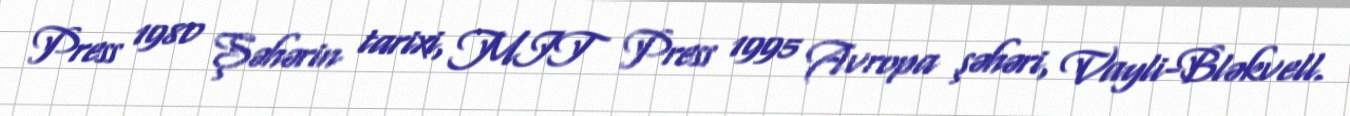
Press 1980 Şəhərin tarixi, MIT Press 1995 Avropa şəhəri, Vayli-Bləkvell.